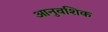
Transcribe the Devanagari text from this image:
आनुवशिक